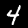
Digit: 4